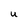
Character: u